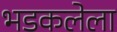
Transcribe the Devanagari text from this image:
भडकलेला